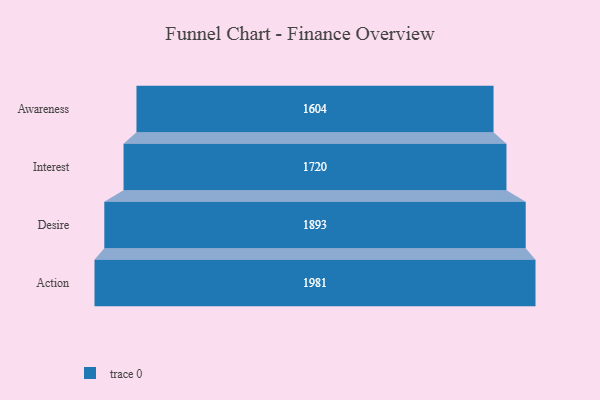
{"axis": {"x": "Stage", "y": "Value"}, "legend": [""], "data": [{"x": "Awareness", "y": 1604.0, "type": ""}, {"x": "Interest", "y": 1720.0, "type": ""}, {"x": "Desire", "y": 1893.0, "type": ""}, {"x": "Action", "y": 1981.0, "type": ""}]}